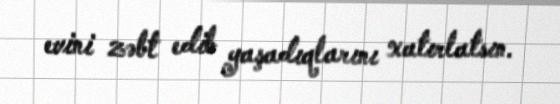
evini zəbt edib yaşadıqlarını xatırlatsın.